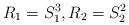
LaTeX: \begin{align*}R_1=S^{3}_1,R_2=S^{2}_2\end{align*}